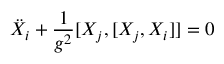
\ddot { X } _ { i } + \frac { 1 } { g ^ { 2 } } [ X _ { j } , [ X _ { j } , X _ { i } ] ] = 0